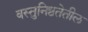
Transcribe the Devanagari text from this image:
वस्तुनिष्ठतेतील